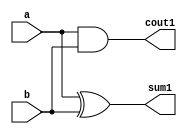
`timescale 1ns/10ps
module half_adder(a, b, sum1, cout1);
input a, b;
output sum1, cout1;

assign sum1= a^b;
assign cout1= a&b;

endmodule

module full_adder(a, b, sum2, cout2, cin);
input a, b, cin;
output sum2, cout2;
wire r1, r2, r3;

assign sum2= a^b^cin;
assign cout2= (a&b) | ((a^b)&cin);

endmodule

module four_1bit (a, b, sum3, cout3, cin);
input [3:0] a, b;
input cin;
output [3:0] sum3;
output cout3;
wire [2:0] r;

full_adder fa1 (a[0], b[0], sum3[0], r[0], cin);
full_adder fa2 (a[1], b[1], sum3[1], r[1], r[0]);
full_adder fa3 (a[2], b[2], sum3[2], r[2], r[1]);
full_adder fa4 (a[3], b[3], sum3[3], cout3, r[2]);

endmodule

module four_0bit (a, b, sum4, cout4);
input [3:0] a, b;
output [3:0] sum4;
output cout4;
wire [2:0] r;

half_adder ha1 (a[0], b[0], sum4[0], r[0]);
full_adder ffa1 (a[1], b[1], sum4[1], r[1], r[0]);
full_adder ffa2 (a[2], b[2], sum4[2], r[2], r[1]);
full_adder ffa3 (a[3], b[3], sum4[3], cout4, r[2]);

endmodule

module rca_64bit (op1, op2, sum, crout, reset, clock);
input [63:0] op1, op2;
input reset, clock;
output reg [63:0] sum;
wire [63:0] sumf;
output reg crout;
wire [14:0] r;
reg [63:0] a, b;
wire coutf;

always @(posedge clock or negedge reset)
begin
 if (reset==0)
  begin
   a<=0;
//   $display("op1=%h", a);
   b<=0; 
//   $display("op2=%h", b);
   sum<=0;
//   $display("sum=%h", sum);
   crout<=0; 
//   $display("crout=%h", crout);
  end
 else
  begin
   a<=op1;
   $display("op1=%h", a);
   b<=op2; 
   $display("op2=%h", b);
   sum<=sumf;
   $display("sum=%h", sumf);
   crout<=coutf;
   $display("crout=%h", coutf);

  end
end

four_0bit fa1 (a[3:0], b[3:0], sumf[3:0], r[0]);
four_1bit fa2 (a[7:4], b[7:4], sumf[7:4], r[1], r[0]);
four_1bit fa3 (a[11:8], b[11:8], sumf[11:8], r[2], r[1]);
four_1bit fa4 (a[15:12], b[15:12], sumf[15:12], r[3], r[2]);
four_1bit fa5 (a[19:16], b[19:16], sumf[19:16], r[4], r[3]);
four_1bit fa6 (a[23:20], b[23:20], sumf[23:20], r[5], r[4]);
four_1bit fa7 (a[27:24], b[27:24], sumf[27:24], r[6], r[5]);
four_1bit fa8 (a[31:28], b[31:28], sumf[31:28], r[7], r[6]);
four_1bit fa9 (a[35:32], b[35:32], sumf[35:32], r[8], r[7]);
four_1bit fa10 (a[39:36], b[39:36], sumf[39:36], r[9], r[8]);
four_1bit fa11 (a[43:40], b[43:40], sumf[43:40], r[10], r[9]);
four_1bit fa12 (a[47:44], b[47:44], sumf[47:44], r[11], r[10]);
four_1bit fa13 (a[51:48], b[51:48], sumf[51:48], r[12], r[11]);
four_1bit fa14 (a[55:52], b[55:52], sumf[55:52], r[13], r[12]);
four_1bit fa15 (a[59:56], b[59:56], sumf[59:56], r[14], r[13]);
four_1bit fa16 (a[63:60], b[63:60], sumf[63:60], coutf, r[14]);

endmodule